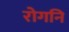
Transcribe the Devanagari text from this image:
रोगनि